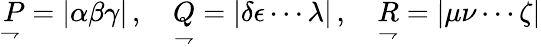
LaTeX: {\underset{\rightharpoondown}{P}}=|\alpha\beta\gamma|\, ,\quad{\underset{\rightharpoondown}{Q}}=|\delta\epsilon\cdots\lambda|\, ,\quad{\underset{\rightharpoondown}{R}}=|\mu\nu\cdots\zeta|